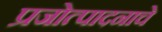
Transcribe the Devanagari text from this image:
प्रजोत्पादनाचे